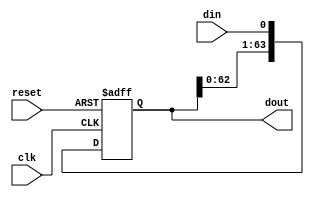
//-----------------------------------------------------------------------------
//
// Title       : sipo
// Design      : VehicleDetectSystem
// Company     : NTNU
//
//-----------------------------------------------------------------------------
//
// Generated   : Thu Nov 17 14:26:28 2016
// From        : interface description file
// By          : Itf2Vhdl ver. 1.22
//
//-----------------------------------------------------------------------------
//
// Description : 64 bit serial in - parallel out register
//
//-----------------------------------------------------------------------------
`timescale 1 ns / 1 ps

//{{ Section below this comment is automatically maintained
//   and may be overwritten
//{module {sipo}}
// Parameterized serial-in, parallel-out shift register
module sipo (dout, din, clk, reset); 
	parameter WIDTH = 64;
	output [WIDTH-1:0] dout;
	input din, clk, reset; 
	reg [WIDTH-1:0] dout;
	
	always @(posedge clk or posedge reset)
		if (reset)
			dout <= {WIDTH{1'b0}};
		else
			begin
				dout <= {dout[WIDTH-2:0], din};
			end
endmodule